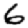
Digit: 6